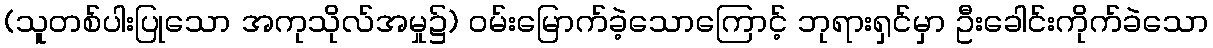
(သူတစ်ပါးပြုသော အကုသိုလ်အမှု၌) ဝမ်းမြောက်ခဲ့သောကြောင့် ဘုရားရှင်မှာ ဦးခေါင်းကိုက်ခဲသော